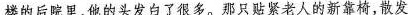
楼的后院里，他的头发白了很多。那只贴紧老人的新靠椅，散发